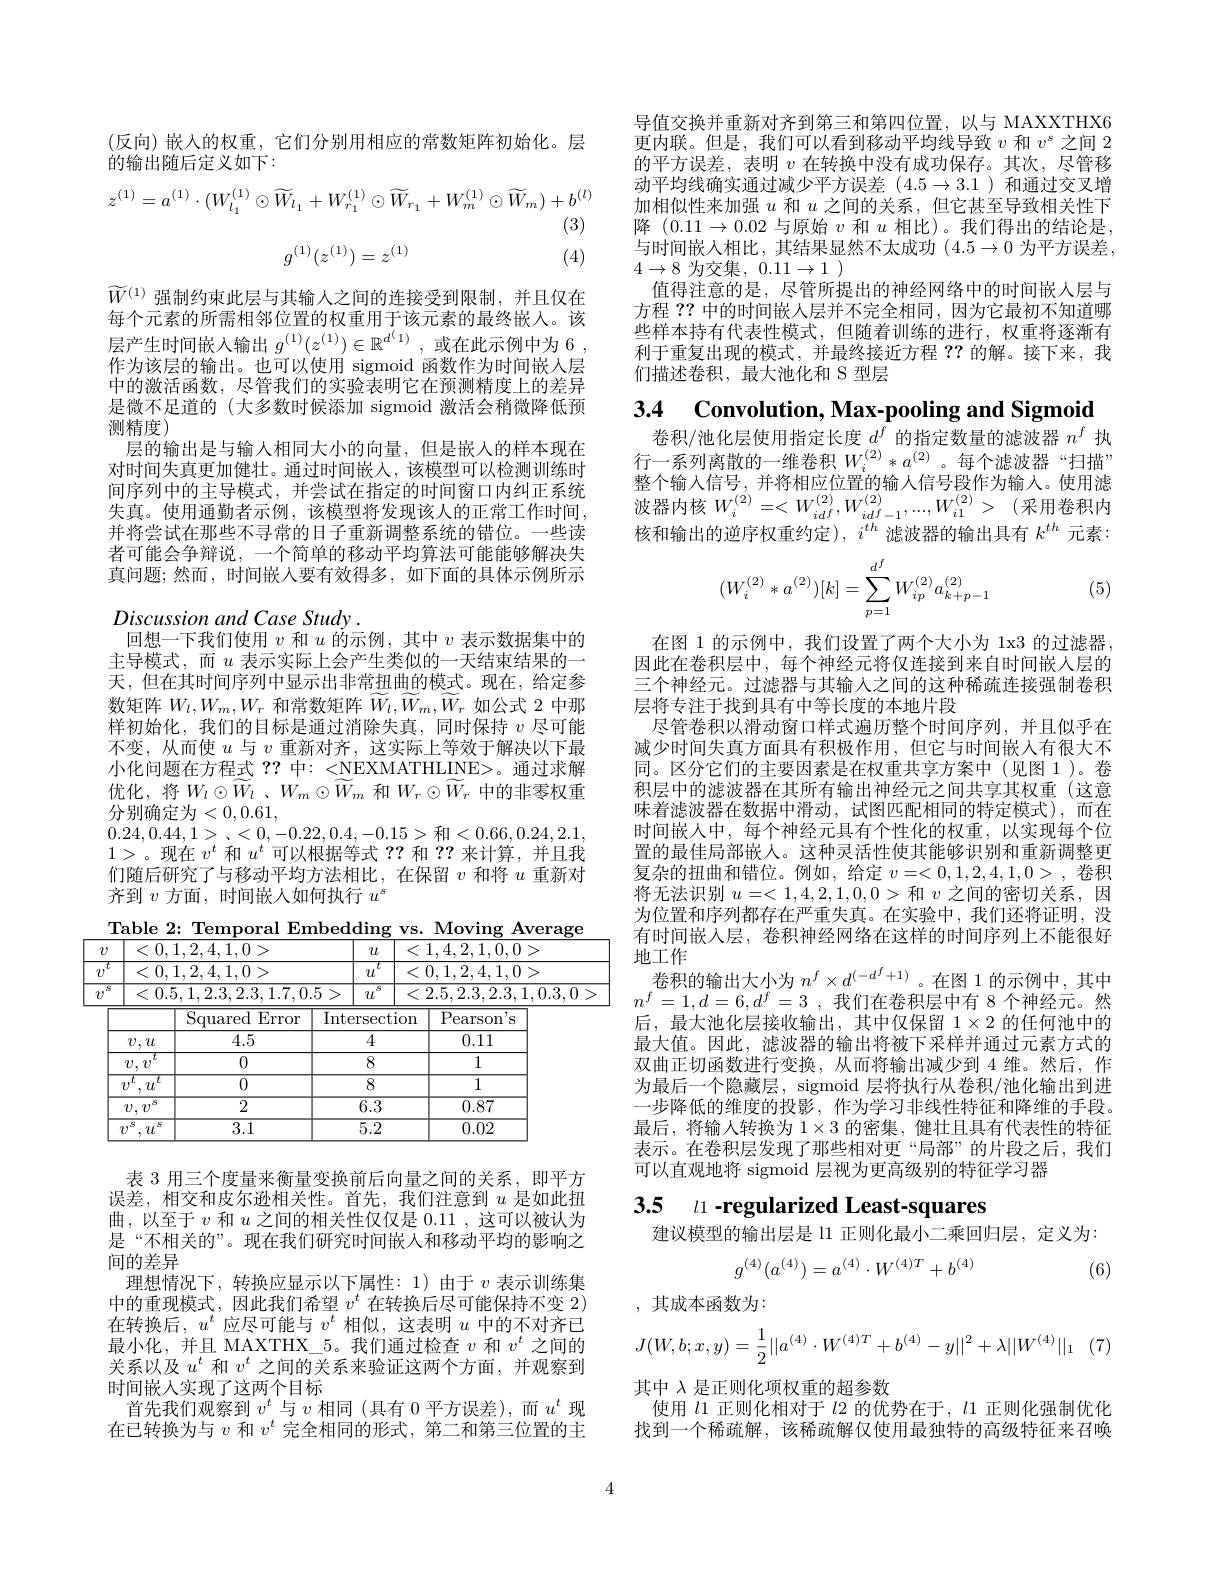
(反向)嵌入的权重，它们分别用相应的常数矩阵初始化。层
的输出随后定义如下：
$$z^{(1)}=a^{(1)}\cdot(W_{l_{1}}^{(1)}\odot\widetilde{W}_{l_{1}}+W_{r_{1}}^{(1)}\odot\widetilde{W}_{r_{1}}+W_{m}^{(1)}\odot\widetilde{W}_{m})+b^{(l)}$$
(3)

(4)
$$g^{(1)}(z^{(1)})=z^{(1)}$$
$\widetilde{W}^{(1)}$强制约束此层与其输人之间的连接受到限制，并且仅在每个元素的所需相邻位置的权重用于该元素的最终嵌人。该层产生时间嵌入输出$g^{(1)}(z^{(1)})\in\mathbb{R}^{d^{(1)}}$,或在此示例中为 6 , 作为该层的输出。也可以使用 sigmoid 函数作为时间嵌人层中的激活函数，尽管我们的实验表明它在预测精度上的差异是微不足道的(大多数时候添加 sigmoid 激活会稍微降低预测精度)
层的输出是与输人相同大小的向量，但是嵌入的样本现在对时间失真更加健壮。通过时间嵌入，该模型可以检测训练时间序列中的主导模式，并尝试在指定的时间窗口内纠正系统失真。使用通勤者示例，该模型将发现该人的正常工作时间， 并将尝试在那些不寻常的日子重新调整系统的错位。一些读者可能会争辩说，一个简单的移动平均算法可能能够解决失真问题；然而，时间嵌入要有效得多，如下面的具体示例所示$Discussionand\textit{Case Study}.$
回想一下我们使用$v$和$u$ 的 示 例 , 其 中 $v$表示数据集中的主导模式，而$u$表示实际上会产生类似的一天结束结果的一天，但在其时间序列中显示出非常扭曲的模式。现在，给定参数矩阵$W_l,W_m,W_r$和常数矩阵$\bar{W}_l,\bar{W}_m,\bar{W}_r$如公式 2 中那样初始化，我们的目标是通过消除失真，同时保持$v$尽可能不变，从而使$u$与$v$重新对齐，这实际上等效于解决以下最小化问题在方程式 ? ? 中：<NEXMATHLINE>。通过求解优化，将$W_l\odot \widetilde{W} _l$ , $W_m\odot \widetilde{W} _m$ 和$W_r\odot\widetilde{W}_r$ 中的非零权重分别确定为<0,0.61,
0.24,0.44,1> ,<0,-0.22,0.4,-0.15>和<0.66,0.24,2.1, 1>。现在$v^t$和$u^t$可以根据等式？?和？?来计算，并且我们随后研究了与移动平均方法相比，在保留$v$和将$u$重新对齐到$v$方面 , 时间嵌人如何执行$u^s$

Table 2: Temporal Embedding vs. Moving Average
<table>
	<tbody>
		<tr>
			<td>$v$</td>
			<td><0,1,2,4,1,0></td>
			<td>$u$</td>
			<td>$u$</td>
			<td>1,4,2,1,0,0></td>
		</tr>
		<tr>
			<td>$T$ $v$</td>
			<td><0,1,2,4,1,0></td>
			<td>$u$</td>
			<td>$t$ $'L$</td>
			<td>0,1,2,4,1,0></td>
		</tr>
		<tr>
			<td>8 $v$</td>
			<td><0.5,1,2.3,2.3,1.7,0</td>
			<td>5 > $u$</td>
			<td>$S$ $L$</td>
			<td>2.5,2.3,2.3,1,0.3,0</td>
		</tr>
		<tr>
			<td> </td>
			<td>$\operatorname{Squared}$ ${\overline{{\mathrm{Error}}}}$</td>
			<td>$\overline{\mathrm{Interse}}$</td>
			<td>ection</td>
			<td>Pearso$n^{\prime }$s</td>
		</tr>
		<tr>
			<td> </td>
			<td>$’,u$ 4.5</td>
			<td>4</td>
			<td>1</td>
			<td>0.11</td>
		</tr>
		<tr>
			<td> </td>
			<td>$v$ $t$ 0</td>
			<td>8</td>
			<td>3</td>
			<td>1</td>
		</tr>
		<tr>
			<td>7</td>
			<td>$u$ $t$ 0</td>
			<td>8</td>
			<td>3</td>
			<td>1</td>
		</tr>
		<tr>
			<td> </td>
			<td>$77^{5}$ 2</td>
			<td>6.5</td>
			<td>$.\overline{3}$</td>
			<td>0.87</td>
		</tr>
		<tr>
			<td>$i$</td>
			<td>$u^{i}$ $S$ 3.1 </td>
			<td>$\overline{5.5.5}$</td>
			<td>$.\overline{2}$</td>
			<td>0.02</td>
		</tr>
	</tbody>
</table>

表 3 用三个度量来衡量变换前后向量之间的关系，即平方误差，相交和皮尔逊相关性。首先，我们注意到$u$是如此扭曲，以至于$v$和$u$之间的相关性仅仅是 0.11 ,这可以被认为是“不相关的”。现在我们研究时间嵌入和移动平均的影响之间的差异
理想情况下，转换应显示以下属性：1)由于$v$ 表示训练集中的重现模式，因此我们希望$v^t$在转换后尽可能保持不变 2) 在转换后，$u^t$应尽可能与$v^t$相似，这表明$u$中的不对齐已最小化，并且 MAXTHX\_5。我们通过检查$v$和$v^t$之间的关系以及$u^t$和$v^t$之间的关系来验证这两个方面，并观察到时间嵌人实现了这两个目标
首先我们观察到$v^t$与$v$相同 (具有 0 平方误差),而$u^t$现在已转换为与$v$和$v^t$完全相同的形式，第二和第三位置的主

导值交换并重新对齐到第三和第四位置，以与 MAXXTHX6更内联。但是，我们可以看到移动平均线导致$v$和$v^s$之间 2的平方误差，表明$v$在转换中没有成功保存。其次，尽管移动平均线确实通过减少平方误差(4.5$\to3.1)和通过交叉增$ 加相似性来加强$u$和$u$之间的关系，但它甚至导致相关性下降$(0.11\to0.02$与原始$v$ 和$u$ 相比)。我们得出的结论是， 与时间嵌入相比，其结果显然不太成功$(4.5\to0$为平方误差， $4\to8$为交集$,0.11\to1$ )
值得注意的是，尽管所提出的神经网络中的时间嵌人层与方程？?中的时间嵌人层并不完全相同，因为它最初不知道哪些样本持有代表性模式，但随着训练的进行，权重将逐渐有利于重复出现的模式，并最终接近方程？?的解。接下来，我们描述卷积，最大池化和 S 型层

3.4 Convolution, Max-pooling and Sigmoid
卷积/池化层使用指定长度$d^f$的指定数量的滤波器$n^f$执

行一系列离散的一维卷积$W_i^{(2)}*a^{(2)}$。每个滤波器“扫描” 整个输入信号，并将相应位置的输人信号段作为输入。使用滤波器内核$W_i^{( 2) }= < W_{idf}^{( 2) }, W_{idf- 1}^{( 2) }, . . . , W_{i1}^{( 2) }>$ (采用卷积内核和输出的逆序权重约定), $i^{th}$滤波器的输出具有$k^th$元素：

(5)
$$(W_i^{(2)}*a^{(2)})[k]=\sum_{p=1}^{d^f}W_{ip}^{(2)}a_{k+p-1}^{(2)}$$
在图 1 的示例中，我们设置了两个大小为 1x3 的过滤器， 因此在卷积层中，每个神经元将仅连接到来自时间嵌人层的三个神经元。过滤器与其输入之间的这种稀疏连接强制卷积层将专注于找到具有中等长度的本地片段
尽管卷积以滑动窗口样式遍历整个时间序列，并且似乎在减少时间失真方面具有积极作用，但它与时间嵌入有很大不同。区分它们的主要因素是在权重共享方案中(见图 1)。卷积层中的滤波器在其所有输出神经元之间共享其权重(这意味着滤波器在数据中滑动，试图匹配相同的特定模式),而在时间嵌人中，每个神经元具有个性化的权重，以实现每个位置的最佳局部嵌人。这种灵活性使其能够识别和重新调整更复杂的扭曲和错位。例如，给定$v=<0,1,2,4,1,0>$ ,卷积将无法识别$u=<1,4,2,1,0,0>$和$v$之间的密切关系，因为位置和序列都存在严重失真。在实验中，我们还将证明，没有时间嵌入层，卷积神经网络在这样的时间序列上不能很好地工作
卷 积 的 输 出 大 小 为 $n^f\times d^{( - d^f+ 1) }$。在 图 1 的 示 例 中 , 其 中$n^f= 1, d= 6, d^f= 3$ ,我们在卷积层中有 8个神经元。然后，最大池化层接收输出，其中仅保留$1\times2$的任何池中的最大值。因此，滤波器的输出将被下采样并通过元素方式的双曲正切函数进行变换，从而将输出减少到 4 维。然后，作为最后一个隐藏层，sigmoid 层将执行从卷积/池化输出到进一步降低的维度的投影，作为学习非线性特征和降维的手段。最后，将输入转换为$1\times3$的密集，健壮且具有代表性的特征表示。在卷积层发现了那些相对更“局部”的片段之后，我们可以直观地将 sigmoid 层视为更高级别的特征学习器

# 3.5 $\iota_{1}$ -regularized Least-squares

建议模型的输出层是 l1 正则化最小二乘回归层，定义为：
$$g^{(4)}(a^{(4)})=a^{(4)}\cdot W^{(4)T}+b^{(4)}$$
(6)

,其成本函数为：
$$J(W,b;x,y)=\frac12||a^{(4)}\cdot W^{(4)T}+b^{(4)}-y||^2+\lambda||W^{(4)}||_1$$
其中$\lambda$是正则化项权重的超参数
使用$l$1 正则化相对于$l$2 的优势在于，$l$1 正则化强制优化找到一个稀疏解，该稀疏解仅使用最独特的高级特征来召唤

4